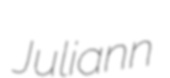
Juliann